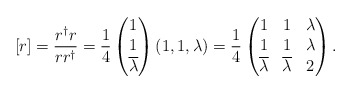
\begin{align*} [r] = \frac{r^\dagger r}{r r^\dagger} = \frac{1}{4}\left(\begin{matrix} 1 \\ 1 \\ \overline{\lambda} \end{matrix}\right) \left(1,1,\lambda\right) = \frac{1}{4}\left( \begin{matrix} 1 & 1 & \lambda \\ 1 & 1 & \lambda \\ \overline{\lambda} & \overline{\lambda} & 2 \end{matrix}\right). \end{align*}